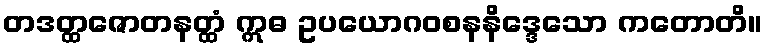
တဒတ္ထဇောတနတ္ထံ ဣဓ ဥပယောဂဝစနနိဒ္ဒေသော ကတောတိ။